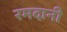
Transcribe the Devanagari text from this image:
रमदानी